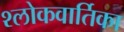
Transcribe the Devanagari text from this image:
श्लोकवार्तिका